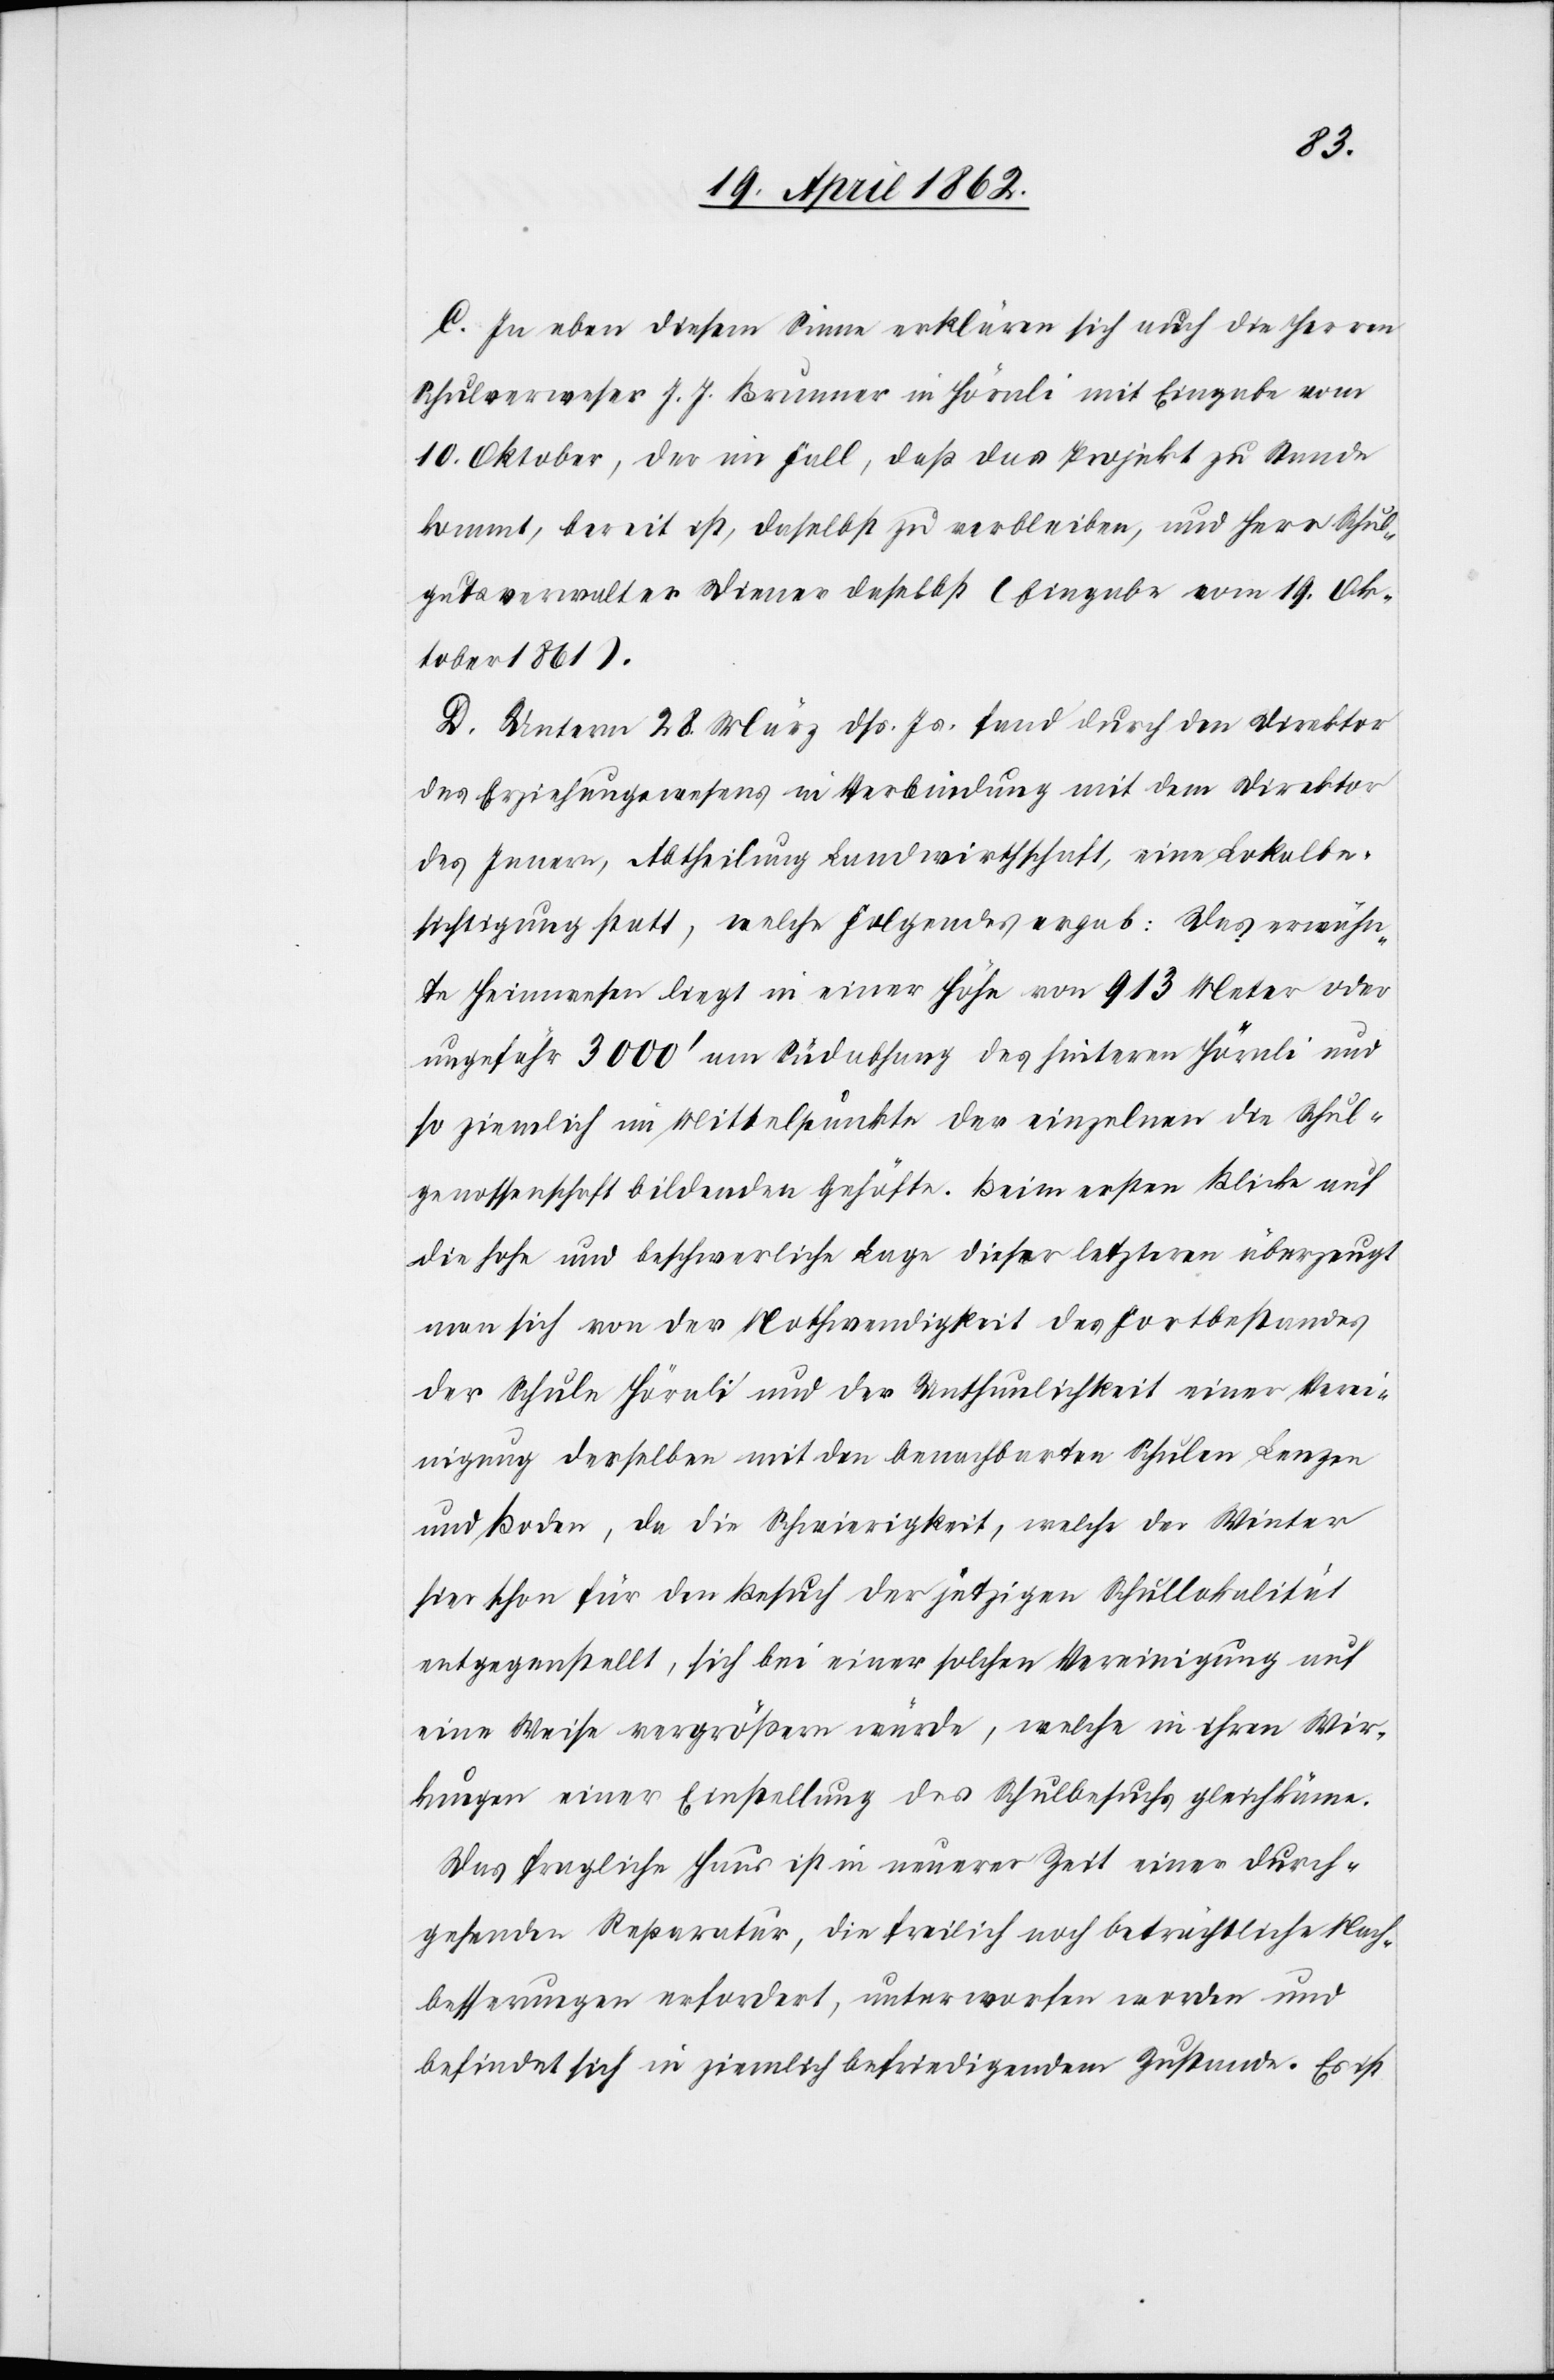
C. In eben diesem Sinne erklären sich auch die Herren
Schulverweser J. J. Brunner in Hörnli mit Eingabe vom
10. Oktober, der im Fall, daß das Projekt zu Stande
kommt, bereit ist, daselbst zu verbleiben, und Herr Schul¬
gutsverwalter Diener daselbst (Eingabe vom 19. Ok¬
tober 1861).
D. Unterm 28. März dß. Js. fand durch den Direktor
des Erziehungswesens in Verbindung mit dem Direktor
des Innern, Abtheilung Landwirthschaft, eine Lokalbe¬
sichtigung statt, welche folgendes ergab: Das erwähn¬
te Heimwesen liegt in einer Höhe von 913 Meter oder
ungefähr 3000’ am Südabhang des hinteren Hörnli und
so ziemlich im Mittelpunkte der einzelnen die Schul¬
genossenschaft bildenden Gehöfte. Beim ersten Blicke auf
die hohe und beschwerliche Lage dieser letzteren überzeugt
man sich von der Nothwendigkeit des Fortbestandes
der Schule Hörnli und der Unthunlichkeit einer Verei¬
nigung derselben mit den benachbarten Schulen Benzen
und Boden, da die Schwierigkeit, welche der Winter
hier schon für den Besuch der jetzigen Schullokalität
entgegenstellt, sich bei einer solchen Vereinigung auf
eine Weise vergrößern würde, welche in ihren Wir¬
kungen einer Einstellung des Schulbesuchs gleich käme.
Das fragliche Haus ist in neuerer Zeit einer durch¬
gehenden Reparatur, die freilich noch beträchtliche Nach¬
besserungen erfordert, unterworfen worden und
befindet sich in ziemlich befriedigendem Zustande. Es ist